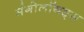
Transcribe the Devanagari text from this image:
मंगोलॉयड्स